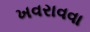
ખવરાવવા